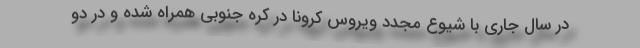
در سال جاری با شیوع مجدد ویروس کرونا در کره جنوبی همراه شده و در دو